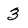
Character: 3